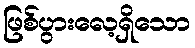
ဖြစ်ပွားလေ့ရှိသော